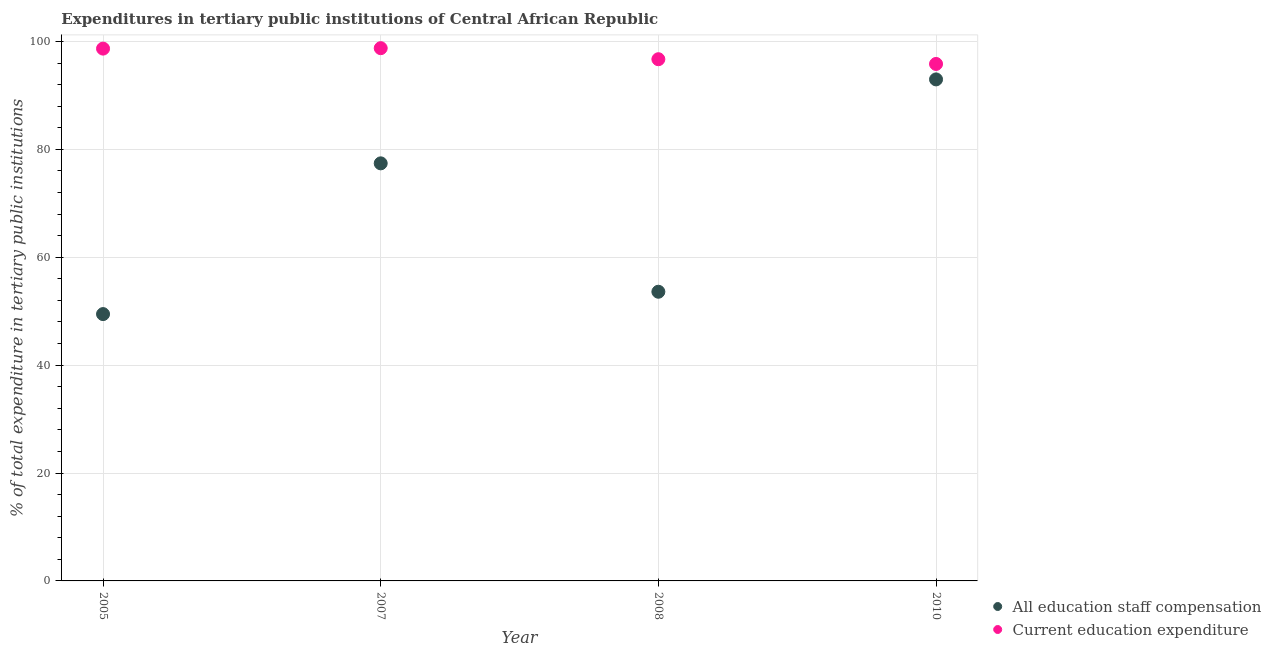
| Year | All education staff compensation | Current education expenditure |
 | --- | --- | --- |
 | 2005 | 49.5 | 98.7 |
 | 2007 | 77.4 | 98.8 |
 | 2008 | 53.6 | 96.7 |
 | 2010 | 93 | 95.8 |